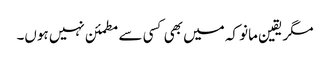
مگر یقین مانو کہ میں بھی کسی سے مطمئن نہیں ہوں۔